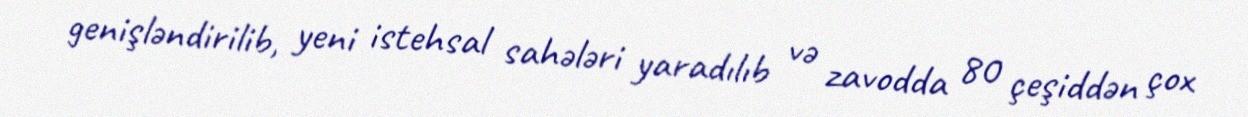
genişləndirilib, yeni istehsal sahələri yaradılıb və zavodda 80 çeşiddən çox